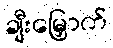
ချီးမြှောက်